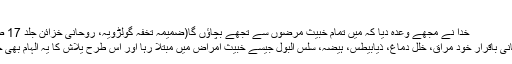
)
خدا نے مجھے وعدہ دیا کہ میں تمام خبیث مرضوں سے تجھے بچاؤں گا(ضمیمہ تخفہ گولڑویہ، روحانی خزائن جلد 17 صفحہ 44)
(مرزا قادیانی باقرار خود مراق، خلل دماغ، ذیابیطس، ہیضہ، سلس البول جیسے خبیث امراض میں مبتلا رہا اور اس طرح یلاش کا یہ الہام بھی جھوٹا نکلا۔